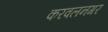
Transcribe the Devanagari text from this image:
करवलनगर